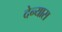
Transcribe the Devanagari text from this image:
देन्यास